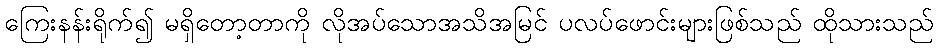
ကြေးနန်းရိုက်၍ မရှိတော့တာကို လိုအပ်သောအသိအမြင် ပလပ်ဖောင်းများဖြစ်သည် ထိုသားသည်